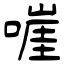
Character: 嘊